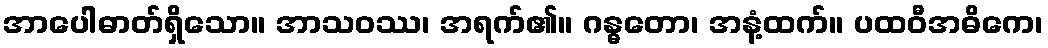
အာပေါဓာတ်ရှိသော။ အာသဝဿ၊ အရက်၏။ ဂန္ဓတော၊ အနံ့ထက်။ ပထဝီအဓိကေ၊